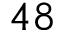
4 8